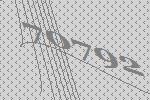
70792